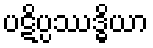
ပဋိပ္ပဿဒ္ဓိယာ